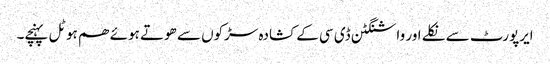
ایرپورٹ سے نکلے اور واشنگٹن ڈی سی کے کشادہ سڑکوں سے ھوتے ہوئے ھم ہوٹل پہنچے۔